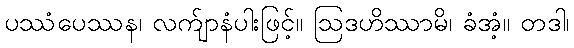
ပဿံပေဿန၊ လက်ျာနံပါးဖြင့်။ ဩဒဟိဿာမိ၊ ခံအံ့။ တဒါ၊